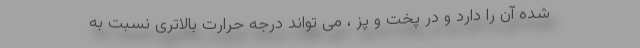
شده آن را دارد و در پخت و پز ، می تواند درجه حرارت بالاتری نسبت به